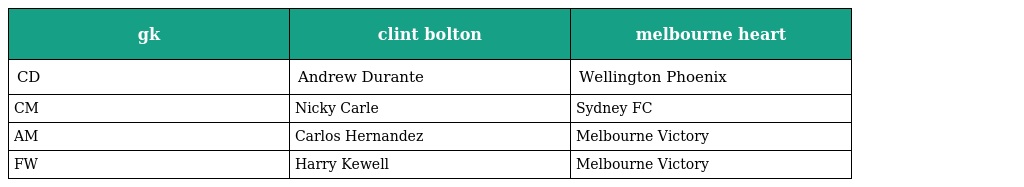
| gk | clint bolton | melbourne heart |
 | --- | --- | --- |
 | CD | Andrew Durante | Wellington Phoenix |
 | CM | Nicky Carle | Sydney FC |
 | AM | Carlos Hernandez | Melbourne Victory |
 | FW | Harry Kewell | Melbourne Victory |